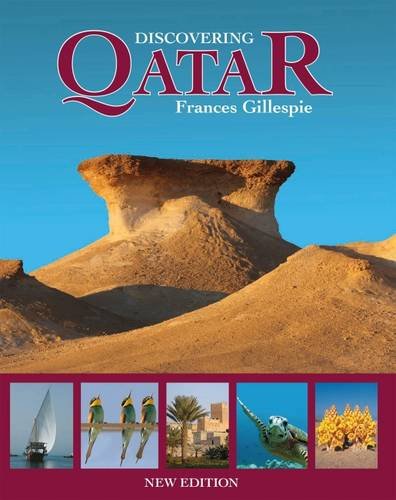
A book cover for Discovering Qatar (HB); Frances Gillespie; History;